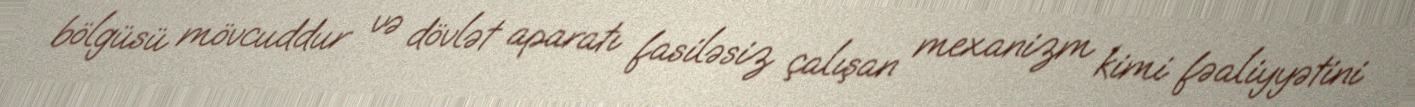
bölgüsü mövcuddur və dövlət aparatı fasiləsiz çalışan mexanizm kimi fəaliyyətini